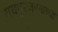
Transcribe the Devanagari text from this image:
रायपूरजवळच्या